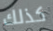
كذلك